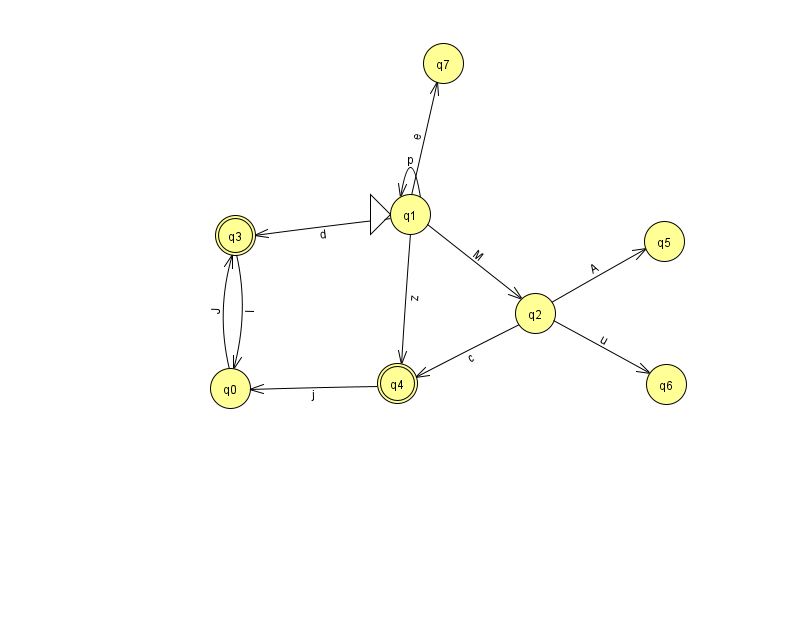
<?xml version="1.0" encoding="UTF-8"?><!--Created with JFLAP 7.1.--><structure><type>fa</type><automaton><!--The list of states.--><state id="0" name="q0"><x>230.0</x><y>375.0</y></state><state id="1" name="q1"><x>410.0</x><y>201.0</y><initial/></state><state id="2" name="q2"><x>535.0</x><y>300.0</y></state><state id="3" name="q3"><x>235.0</x><y>222.0</y><final/></state><state id="4" name="q4"><x>397.0</x><y>370.0</y><final/></state><state id="5" name="q5"><x>664.0</x><y>228.0</y></state><state id="6" name="q6"><x>666.0</x><y>371.0</y></state><state id="7" name="q7"><x>443.0</x><y>50.0</y></state><!--The list of transitions.--><transition><from>1</from><to>1</to><read>p</read></transition><transition><from>1</from><to>2</to><read>M</read></transition><transition><from>1</from><to>4</to><read>z</read></transition><transition><from>2</from><to>4</to><read>c</read></transition><transition><from>3</from><to>0</to><read>I</read></transition><transition><from>4</from><to>0</to><read>j</read></transition><transition><from>0</from><to>3</to><read>J</read></transition><transition><from>1</from><to>7</to><read>e</read></transition><transition><from>2</from><to>6</to><read>u</read></transition><transition><from>2</from><to>5</to><read>A</read></transition><transition><from>1</from><to>3</to><read>d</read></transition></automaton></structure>